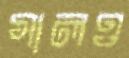
গালও